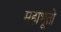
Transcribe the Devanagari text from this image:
महाभूतो